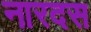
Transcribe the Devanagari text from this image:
नारदस